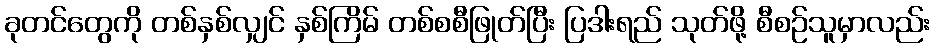
ခုတင်တွေကို တစ်နှစ်လျှင် နှစ်ကြိမ် တစ်စစီဖြုတ်ပြီး ပြဒါးရည် သုတ်ဖို့ စီစဉ်သူမှာလည်း